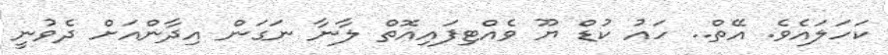
ކަހަލައެވެ. އޭތް.. ހައު ކުޑް ޔޫ ވެއްޓިފައިއޮތް ލާނާ ނަގަން އިދާންއަށް ދެވުނީ